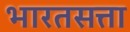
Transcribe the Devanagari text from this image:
भारतसत्ता